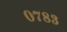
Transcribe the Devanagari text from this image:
०७८३